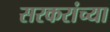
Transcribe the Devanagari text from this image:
सरकरांच्या